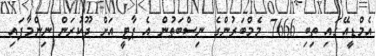
އެމްޑީއޭގައި ތިބި 7666 މެމްބަރުންގެ ނިސްބަތުން އެ ޕާޓީ އަށް ދޫކުރަން ނިންމާފައި